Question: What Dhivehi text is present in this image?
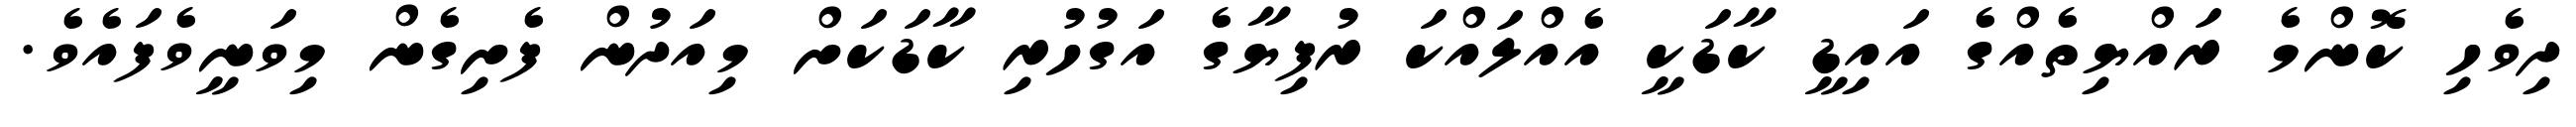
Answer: ދިވެހި ކޮންމެ ރައްޔިތެއްގެ އައިޑީ ކާޑަކީ އެއްލައްކަ ރުފިޔާގެ އަގުހުރި ކާޑަކަށް މިއަދުން ފެށިގެން މިވަނީވެފައެވެ.